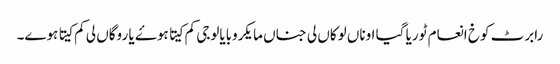
رابرٹ کوخ انعام ٹوریا گیا اوناں لوکاں لی جناں مایکروبایالوجی کم کیتا ہوۓ یا روگاں لی کم کیتا ہوے۔